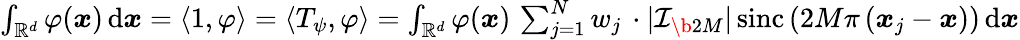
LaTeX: \begin{array}{r}{\int_{\mathbb R^{d}}\varphi(\boldsymbol x)\, \mathrm{d}\boldsymbol x=\langle 1,\varphi\rangle=\langle T_{\psi},\varphi\rangle=\int_{\mathbb R^{d}}\varphi(\boldsymbol x)\, \sum_{j=1}^{N}w_{j}\, \cdot|\mathcal I_{\b{2M}}|\, \mathrm{sinc}\left(2M\pi\left(\boldsymbol x_{j}-\boldsymbol x\right)\right)\, \mathrm{d}\boldsymbol x}\end{array}